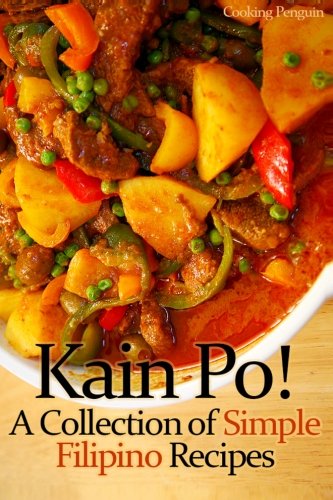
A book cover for Kain Po!  A Collection of Simple Filipino Recipes; Cooking Penguin; Cookbooks, Food & Wine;